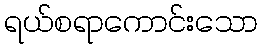
ရယ်စရာကောင်းသော